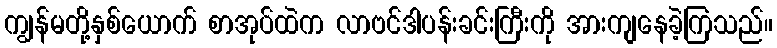
ကျွန်မတို့နှစ်ယောက် စာအုပ်ထဲက လာဗင်ဒါပန်းခင်းကြီးကို အားကျနေခဲ့ကြသည်။